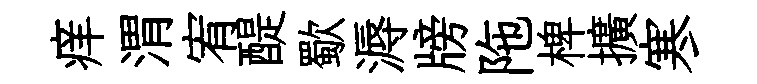
痒渭宥醍歜溽牓陁椑擴寒